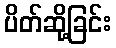
ပိတ်ဆို့ခြင်း